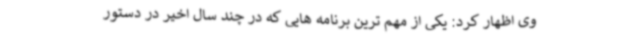
وی اظهار کرد: یکی از مهم ترین برنامه هایی که در چند سال اخیر در دستور